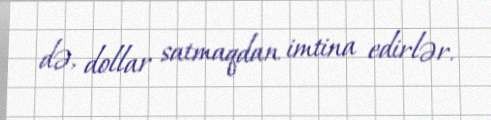
də, dollar satmaqdan imtina edirlər.